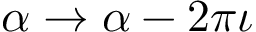
\alpha \rightarrow \alpha - 2 \pi \iota